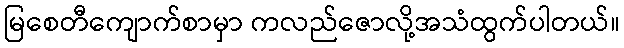
မြစေတီကျောက်စာမှာ ကလည်ဇောလို့အသံထွက်ပါတယ်။